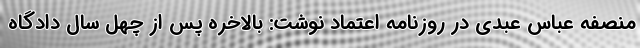
منصفه عباس عبدی در روزنامه اعتماد نوشت: بالاخره پس از چهل سال دادگاه